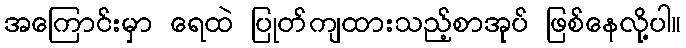
အကြောင်းမှာ ရေထဲ ပြုတ်ကျထားသည့်စာအုပ် ဖြစ်နေလို့ပါ။